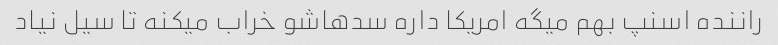
راننده اسنپ بهم میگه امریکا داره سدهاشو خراب میکنه تا سیل نیاد